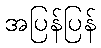
အပြန်ပြန်